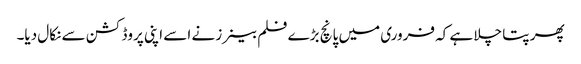
پھر پتا چلا ہے کہ فروری میں پانچ بڑے فلم بینرز نے اسے اپنی پروڈکشن سے نکال دیا۔